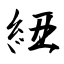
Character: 紐